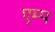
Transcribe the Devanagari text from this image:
एम्प